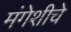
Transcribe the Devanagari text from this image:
मंगेशीचे